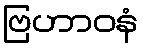
ဗြဟာဝနံ